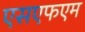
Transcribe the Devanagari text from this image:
एसएफएम